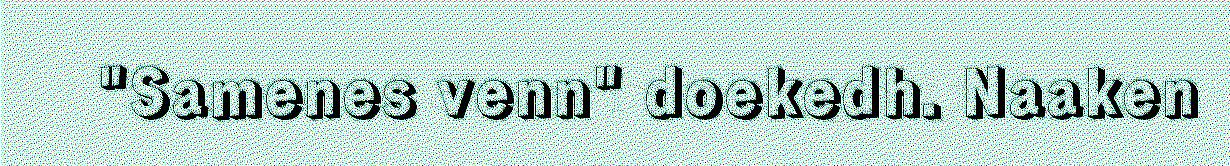
"Samenes venn" doekedh. Naaken